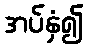
အပ်နှံ၍